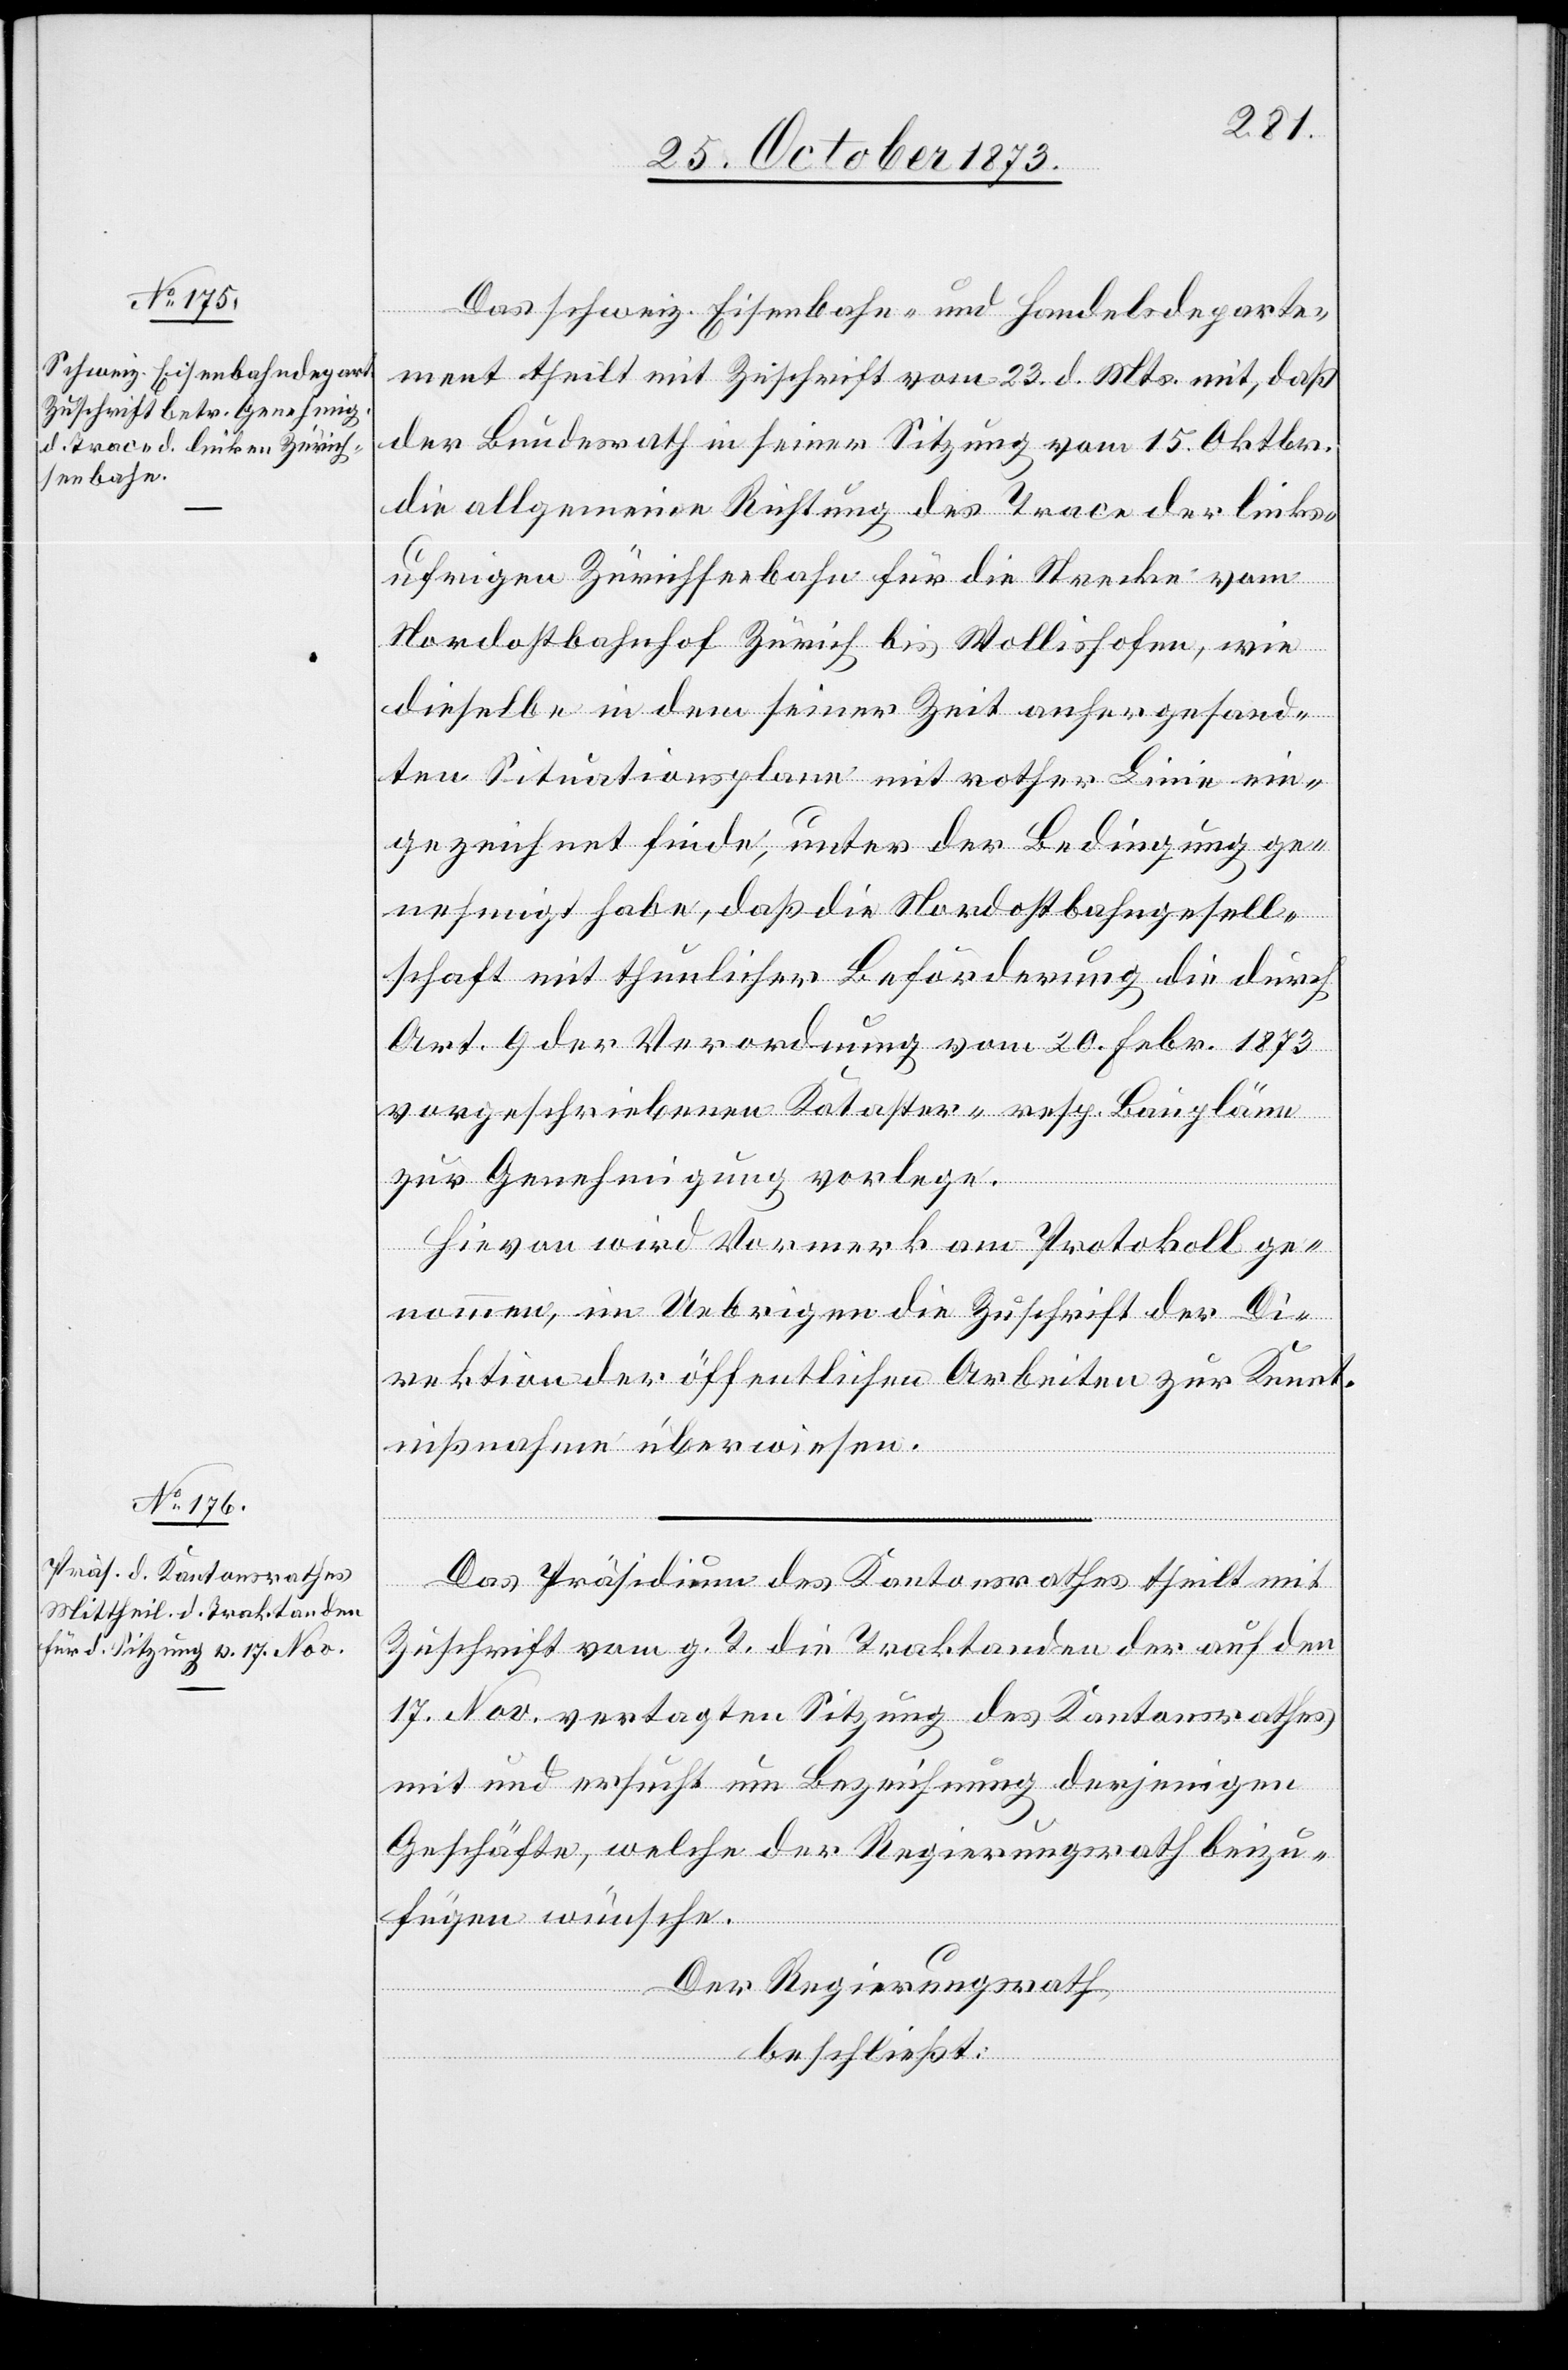
Das schweiz. Eisenbahn- und Handelsdeparte¬
ment theilt mit Zuschrift vom 23. d. Mts. mit, daß
der Bundesrath in seiner Sitzung vom 15. Oktobr.
die allgemeine Richtung des Trace der links¬
ufrigen Zürichseebahn für die Strecke vom
Nordostbahnhof Zürich bis Wollishofen, wie
dieselbe in dem seiner Zeit anhergesand¬
ten Situationsplane mit rother Linie ein¬
gezeichnet finde, unter der Bedingung ge¬
nehmigt habe, daß die Nordostbahngesell¬
schaft mit thunlicher Beförderung die durch
Art. 9 der Verordnung vom 20. Febr. 1873
vorgeschriebenen Kataster- resp. Baupläne
zur Genehmigung vorlege.
Hievon wird Vormerk am Protokoll ge¬
nommen, im Uebrigen die Zuschrift der Di¬
rektion der öffentlichen Arbeiten zur Kennt¬
nißnahme überwiesen.
Das Präsidium des Kantonsrathes theilt mit
Zuschrift vom g. T. die Traktanden der auf den
17. Nov. vertagten Sitzung des Kantonsrathes
mit und ersucht um Bezeichnung derjenigen
Geschäfte, welche der Regierungsrath beizu¬
fügen wünsche.
Der Regierungsrath
beschließt: